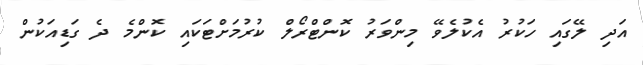
އަދި ލޭގައި ހަކުރު އެކުލެވޭ މިންވަރު ކޮންޓްރޯލް ކުރުމަށްޓަކައި ކޮންމެ ދެ ގަޑިއަކުން